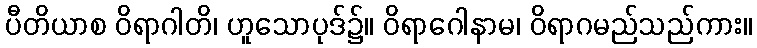
ပီတိယာစ ဝိရာဂါတိ၊ ဟူသောပုဒ်၌။ ဝိရာဂေါနာမ၊ ဝိရာဂမည်သည်ကား။